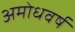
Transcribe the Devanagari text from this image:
अमोधवर्ष